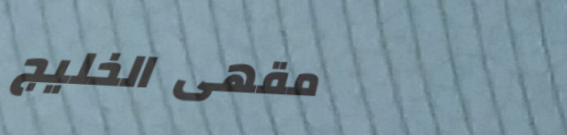
مقهى الخليج